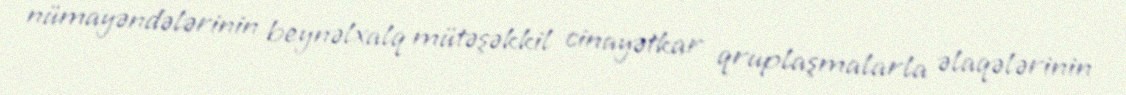
nümayəndələrinin beynəlxalq mütəşəkkil cinayətkar qruplaşmalarla əlaqələrinin